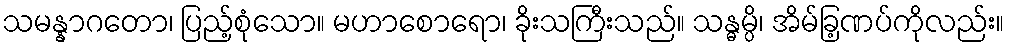
သမန္နာဂတော၊ ပြည့်စုံသော။ မဟာစောရော၊ ခိုးသကြီးသည်။ သန္ဓမ္ပိ၊ အိမ်ခြ့ဏပ်ကိုလည်း။